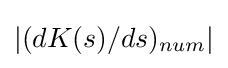
|(dK(s)/ds)_{num}|